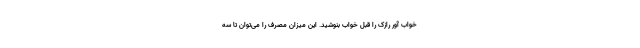
خواب آور رازک را قبل خواب بنوشید. این میزان مصرف را می‌توان تا سه